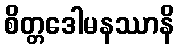
စိတ္တဒေါမနဿာနိ